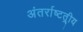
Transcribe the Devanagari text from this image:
अंतर्राष्‍टत्र्ीय